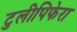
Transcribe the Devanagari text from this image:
टुलीपिफेरा